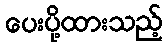
ပေးပို့ထားသည့်